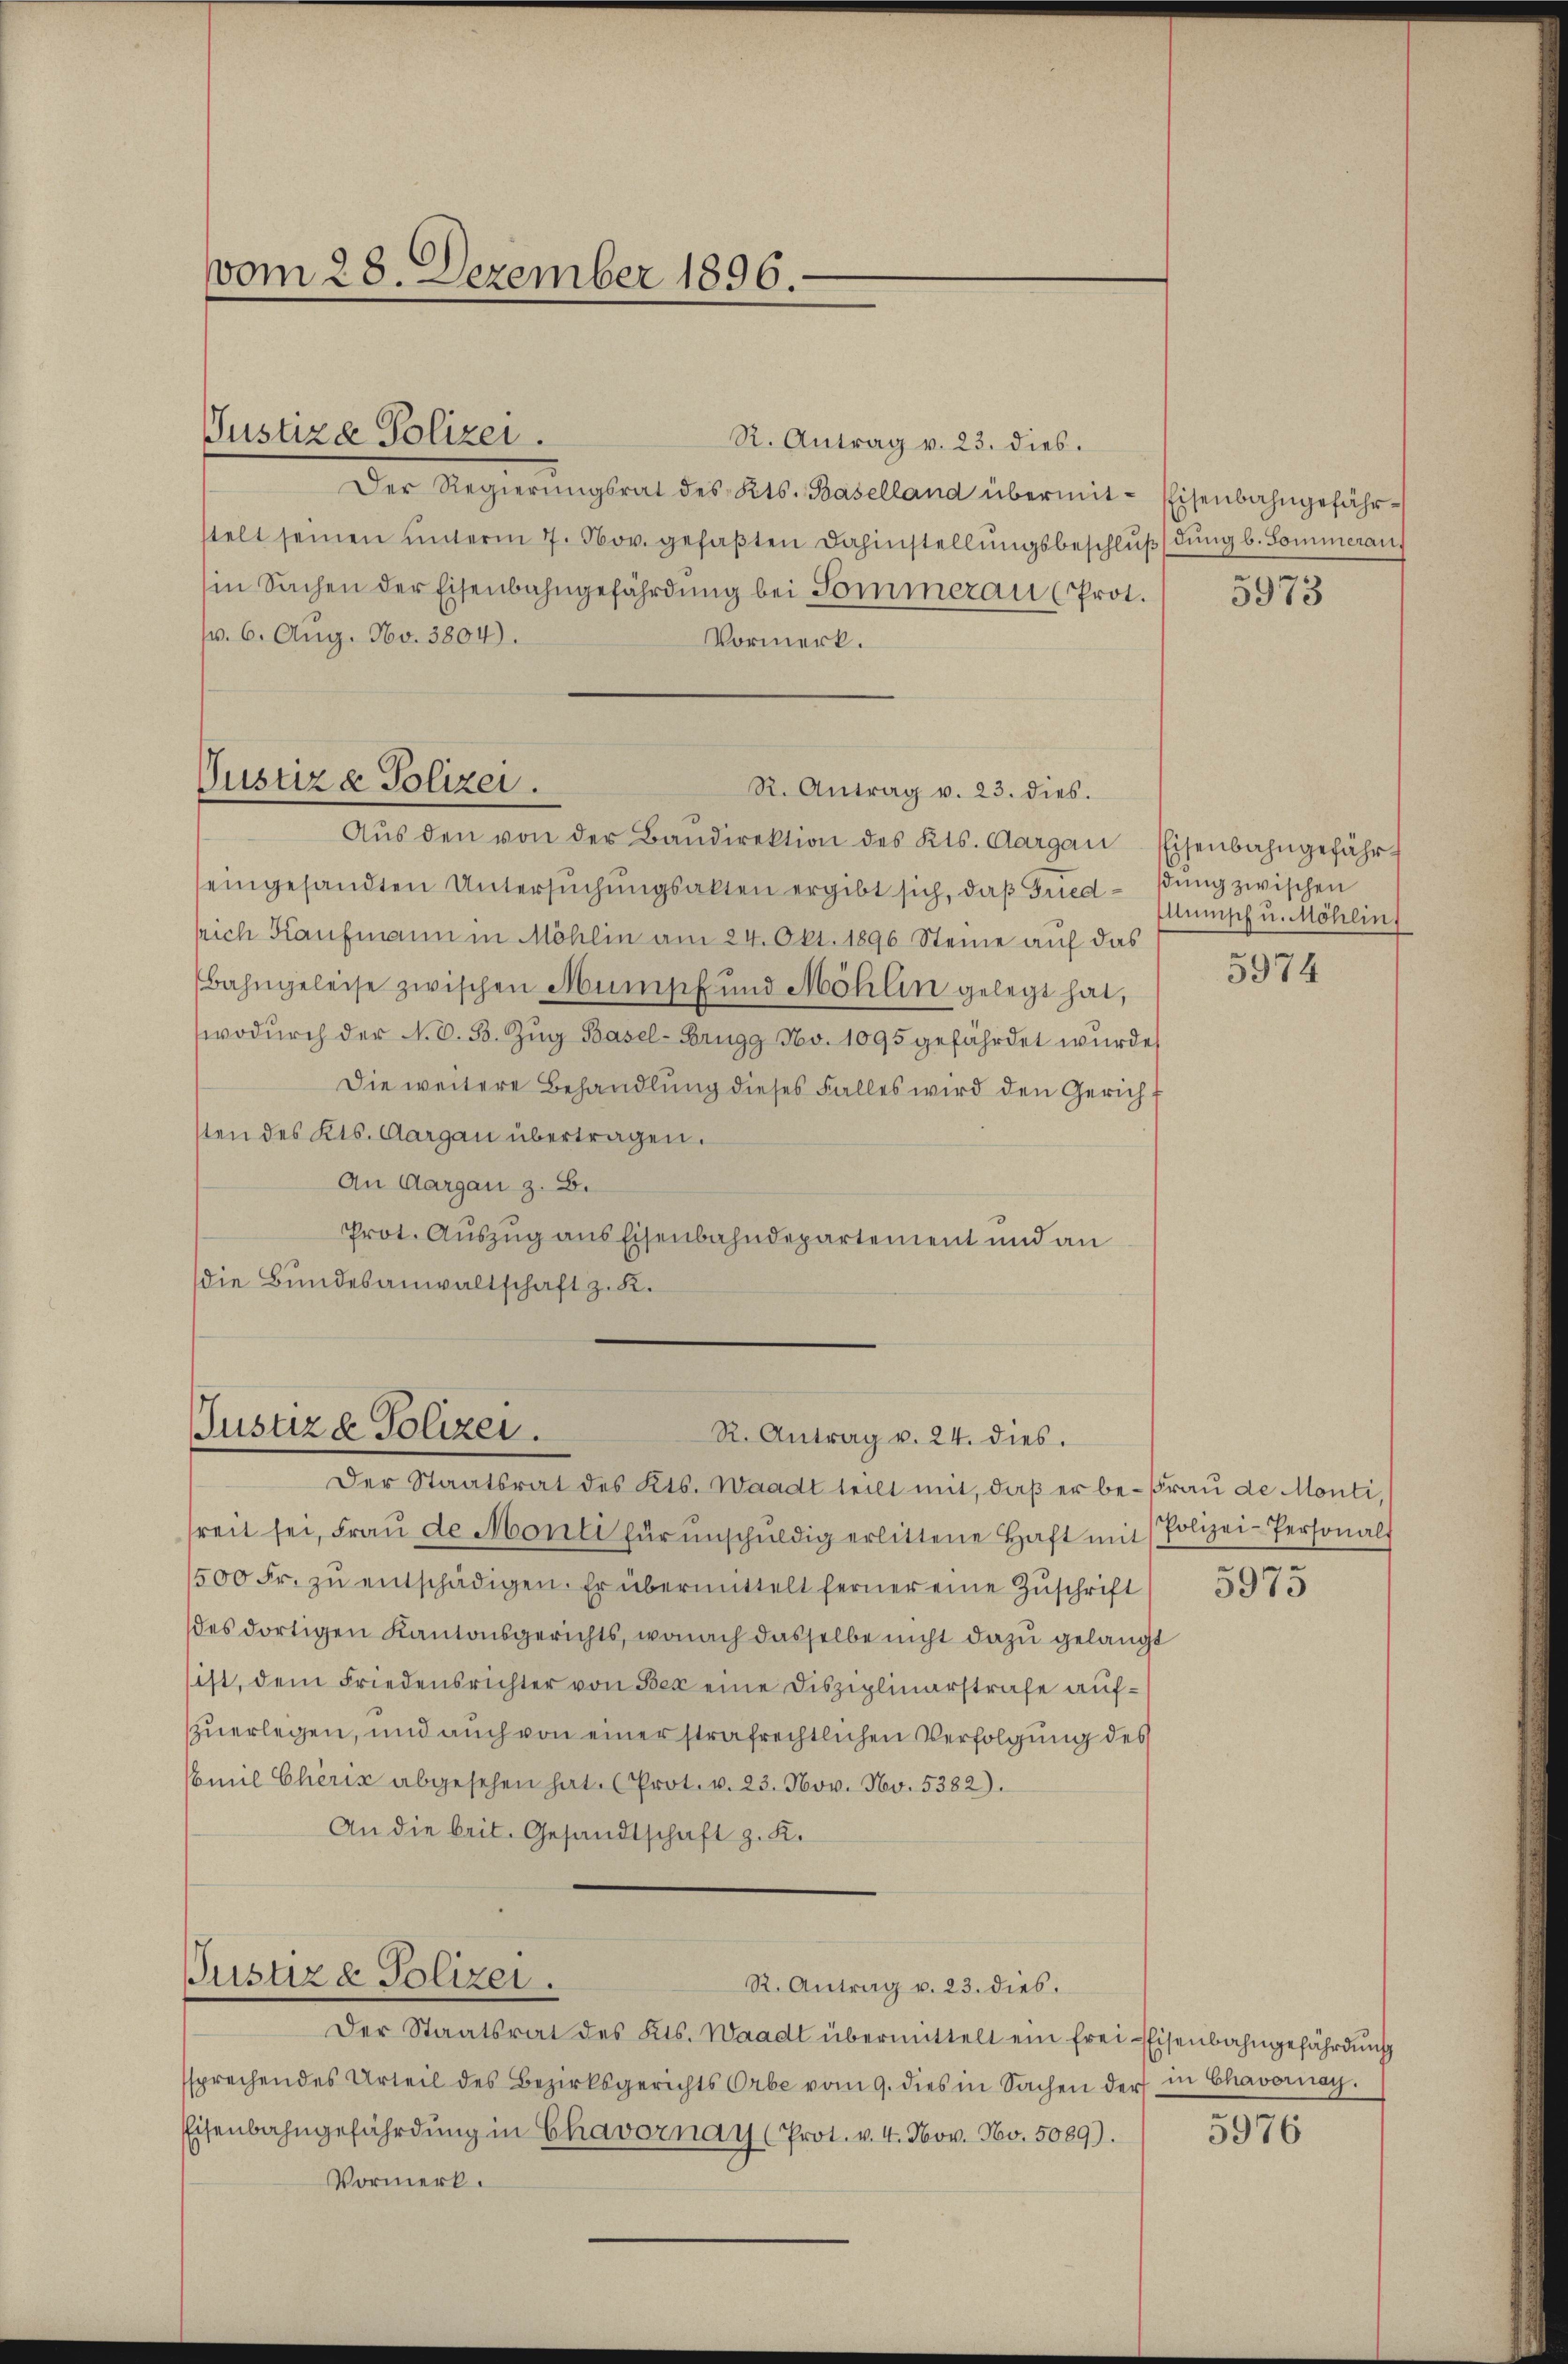
vom 28. Dezember 1896.

R. Antrag v. 23. dies.
Der Regierŭngsrat des Kts. Baselland übermit-Eisenbahngefährstelt seinen unterm 7. Nov. gefaβten Dahinstellungsbeschluß
in Sachen der Eisenbahngefährdung bei Sommerau (Prot.
v. 6. Aug. No. 3804).
Vormerk.
Aŭs den von der Baŭdirektion des Kts. Aargau, Eisenbahngefähreingesandten Untersŭchŭngsakten ergibt sich, daβ Fried - sŭng zwischen
srich Kaufmann in Möhlin am 24. Okt. 1896 Steine auf das
Bahngeleise zwischen Mumpf und Möhlin gelegt hat,
wodŭrch der N. O. B. Zŭg Basel-Brugg No. 1095 gefährdet wurde,
Die weitere Behandlung dieses Falles wird den Gericht
sten des Kts. Aargau übertragen.
An Aargau z. B.
Prot. Auszug aus Eisenbahndepartement und an
die Bundesanwaltschaft z. K.

Justiza Polizei.

Pustiza Polizei.
R. Antrag v. 23. dies.

Justiz & Polizei.
R. Antrag v. 24. dies.

Justiz & Polizei.

R. Antrag u. 23. dies.

Der Staatsrat des Kts. Waadt teilt mit, daß er be-Frau de Monti,
treit sei, Fraŭ de Monti für unschŭldig erlittene Haft mit Polizei-Personalt
500 Fr. zŭ entschädigen. Er übermittelt ferner eine Zŭschrift
des dortigen Kantonsgerichts, wonach dasselbe nicht dazu gelangt
ist, dem Friedensrichter von Bex eine Disziplinerstrafe aufzu erlegen, und auch von einer strafrechtlichen Verfolgung des
mil Chèriz abgesehen hat. Prot. v. 23. Nov. No. 5382).
An die brit. Gesandtschaft z. K.

Der Staatsrat des Kts. Waadt übermittelt ein frei-Eisenbahngefährdung
sprechendes Urteil des Bezirksgerichts Orbe vom 9. dies in Sachen der in Chavornay.
Eisenbahngefährdung in Chavornay (Prot. v. 4. Nov. No. 5089).
Vormerk.

dung b. Sommerau,

5973

lunsch u. Möhlin

5974

5975

5976